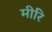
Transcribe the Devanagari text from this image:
मीरि